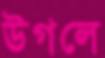
উগলে